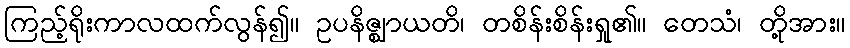
ကြည့်ရိုးကာလထက်လွန်၍။ ဥပနိဇ္ဈာယတိ၊ တစိန်းစိန်းရှု၏။ တေသံ၊ တို့အား။